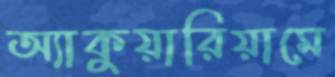
অ্যাকুয়ারিয়ামে